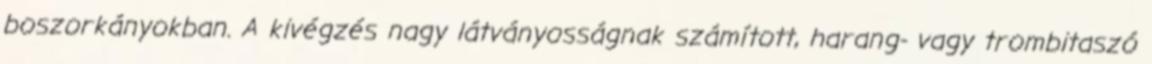
boszorkányokban. A kivégzés nagy látványosságnak számított, harang- vagy trombitaszó